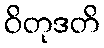
ဝိတုဒတိ